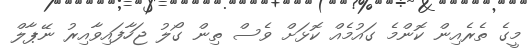
މީގެ ތެރެއިން ކޮންމެ ގައުމެއް ކޮޅަށް ވެސް ތިން ގޯލު ޖަހާފައިވާއިރު ނޭޕާލް